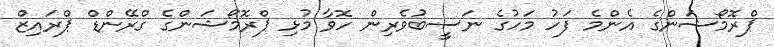
ޕްރޮމޯޝަންގެ އެންމެ ފަހު މަހުގެ ނަސީބުވެރިން ހޮވާ މުޅި ޕްރޮމޯޝަންގެ ގްރޭންޑް ޕްރައިޒް